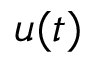
u ( t )